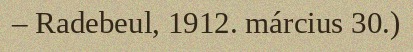
– Radebeul, 1912. március 30.)